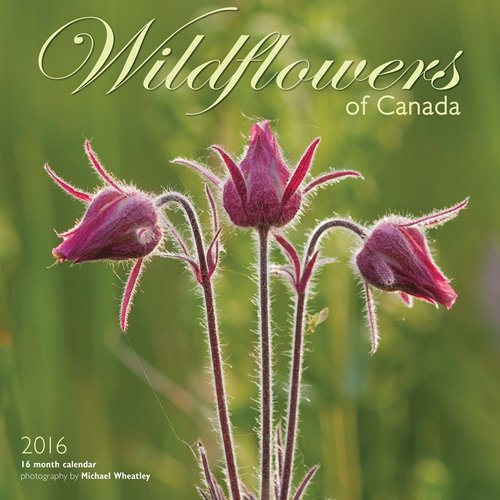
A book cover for Wildflowers Of Canada 2016 Square 12X12 Wyman; Browntrout Publishers; Calendars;